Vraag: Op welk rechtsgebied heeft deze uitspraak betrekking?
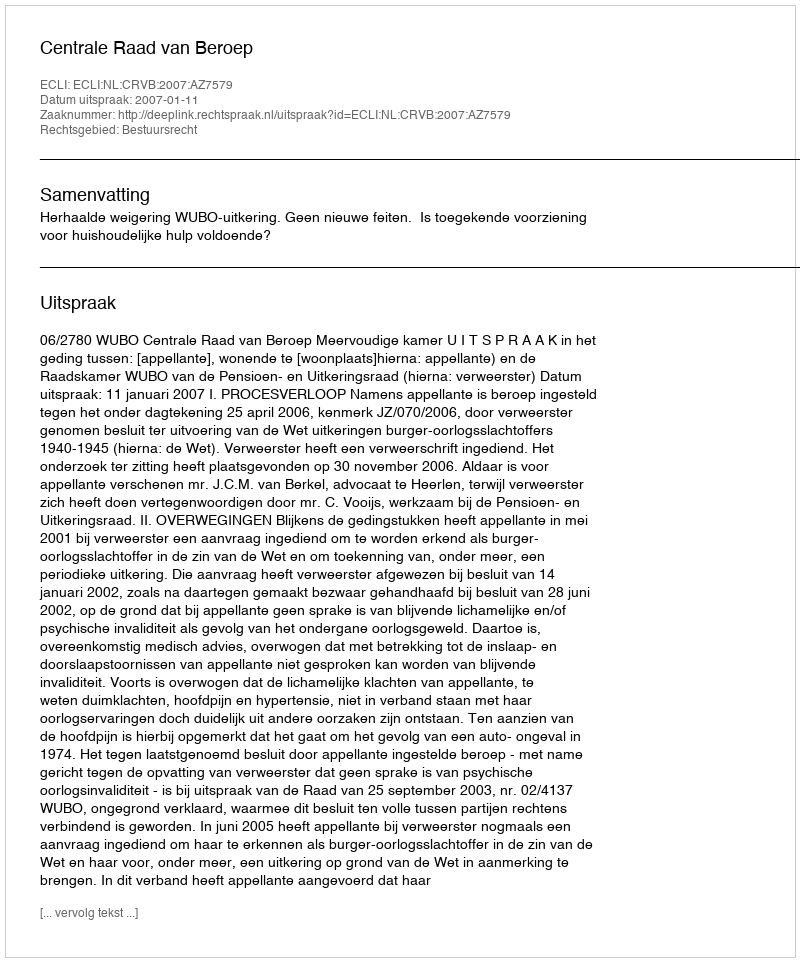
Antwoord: Bestuursrecht